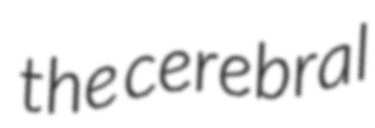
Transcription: the cerebral